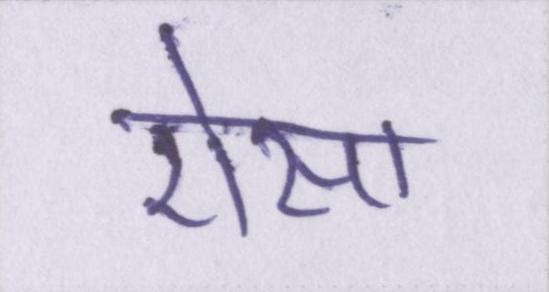
ऐसा